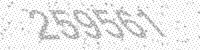
Solution: 259561